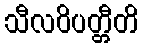
သီလဝိပတ္တီတိ